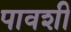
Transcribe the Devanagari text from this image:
पावशी